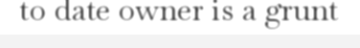
to date owner is a grunt